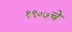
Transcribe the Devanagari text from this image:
१९०७चे